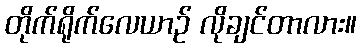
တိုက်ရိုက်လေယာဉ် လိုချင်တာလား။